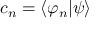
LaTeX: c _ { n } = \langle \varphi _ { n } | \psi \rangle